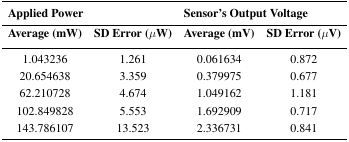
<table><thead><tr><td colspan="2"><b>Applied Power</b></td><td colspan="2"><b>Sensor&#x27;s Output Voltage</b></td></tr><tr><td><b>Average (mW)</b></td><td><b>SD Error (<i>μ</i>W)</b></td><td><b>Average (mV)</b></td><td><b>SD Error (<i>μ</i>V)</b></td></tr></thead><tbody><tr><td>1.043236</td><td>1.261</td><td>0.061634</td><td>0.872</td></tr><tr><td>20.654638</td><td>3.359</td><td>0.379975</td><td>0.677</td></tr><tr><td>62.210728</td><td>4.674</td><td>1.049162</td><td>1.181</td></tr><tr><td>102.849828</td><td>5.553</td><td>1.692909</td><td>0.717</td></tr><tr><td>143.786107</td><td>13.523</td><td>2.336731</td><td>0.841</td></tr></tbody></table>